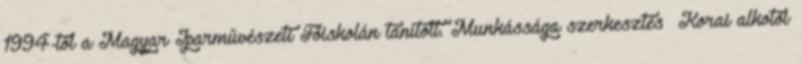
1994-től a Magyar Iparművészeti Főiskolán tanított. Munkássága szerkesztés Korai alkotói